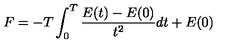
F = - T \int _ { 0 } ^ { T } { \frac { E ( t ) - E ( 0 ) } { t ^ { 2 } } } d t + E ( 0 )